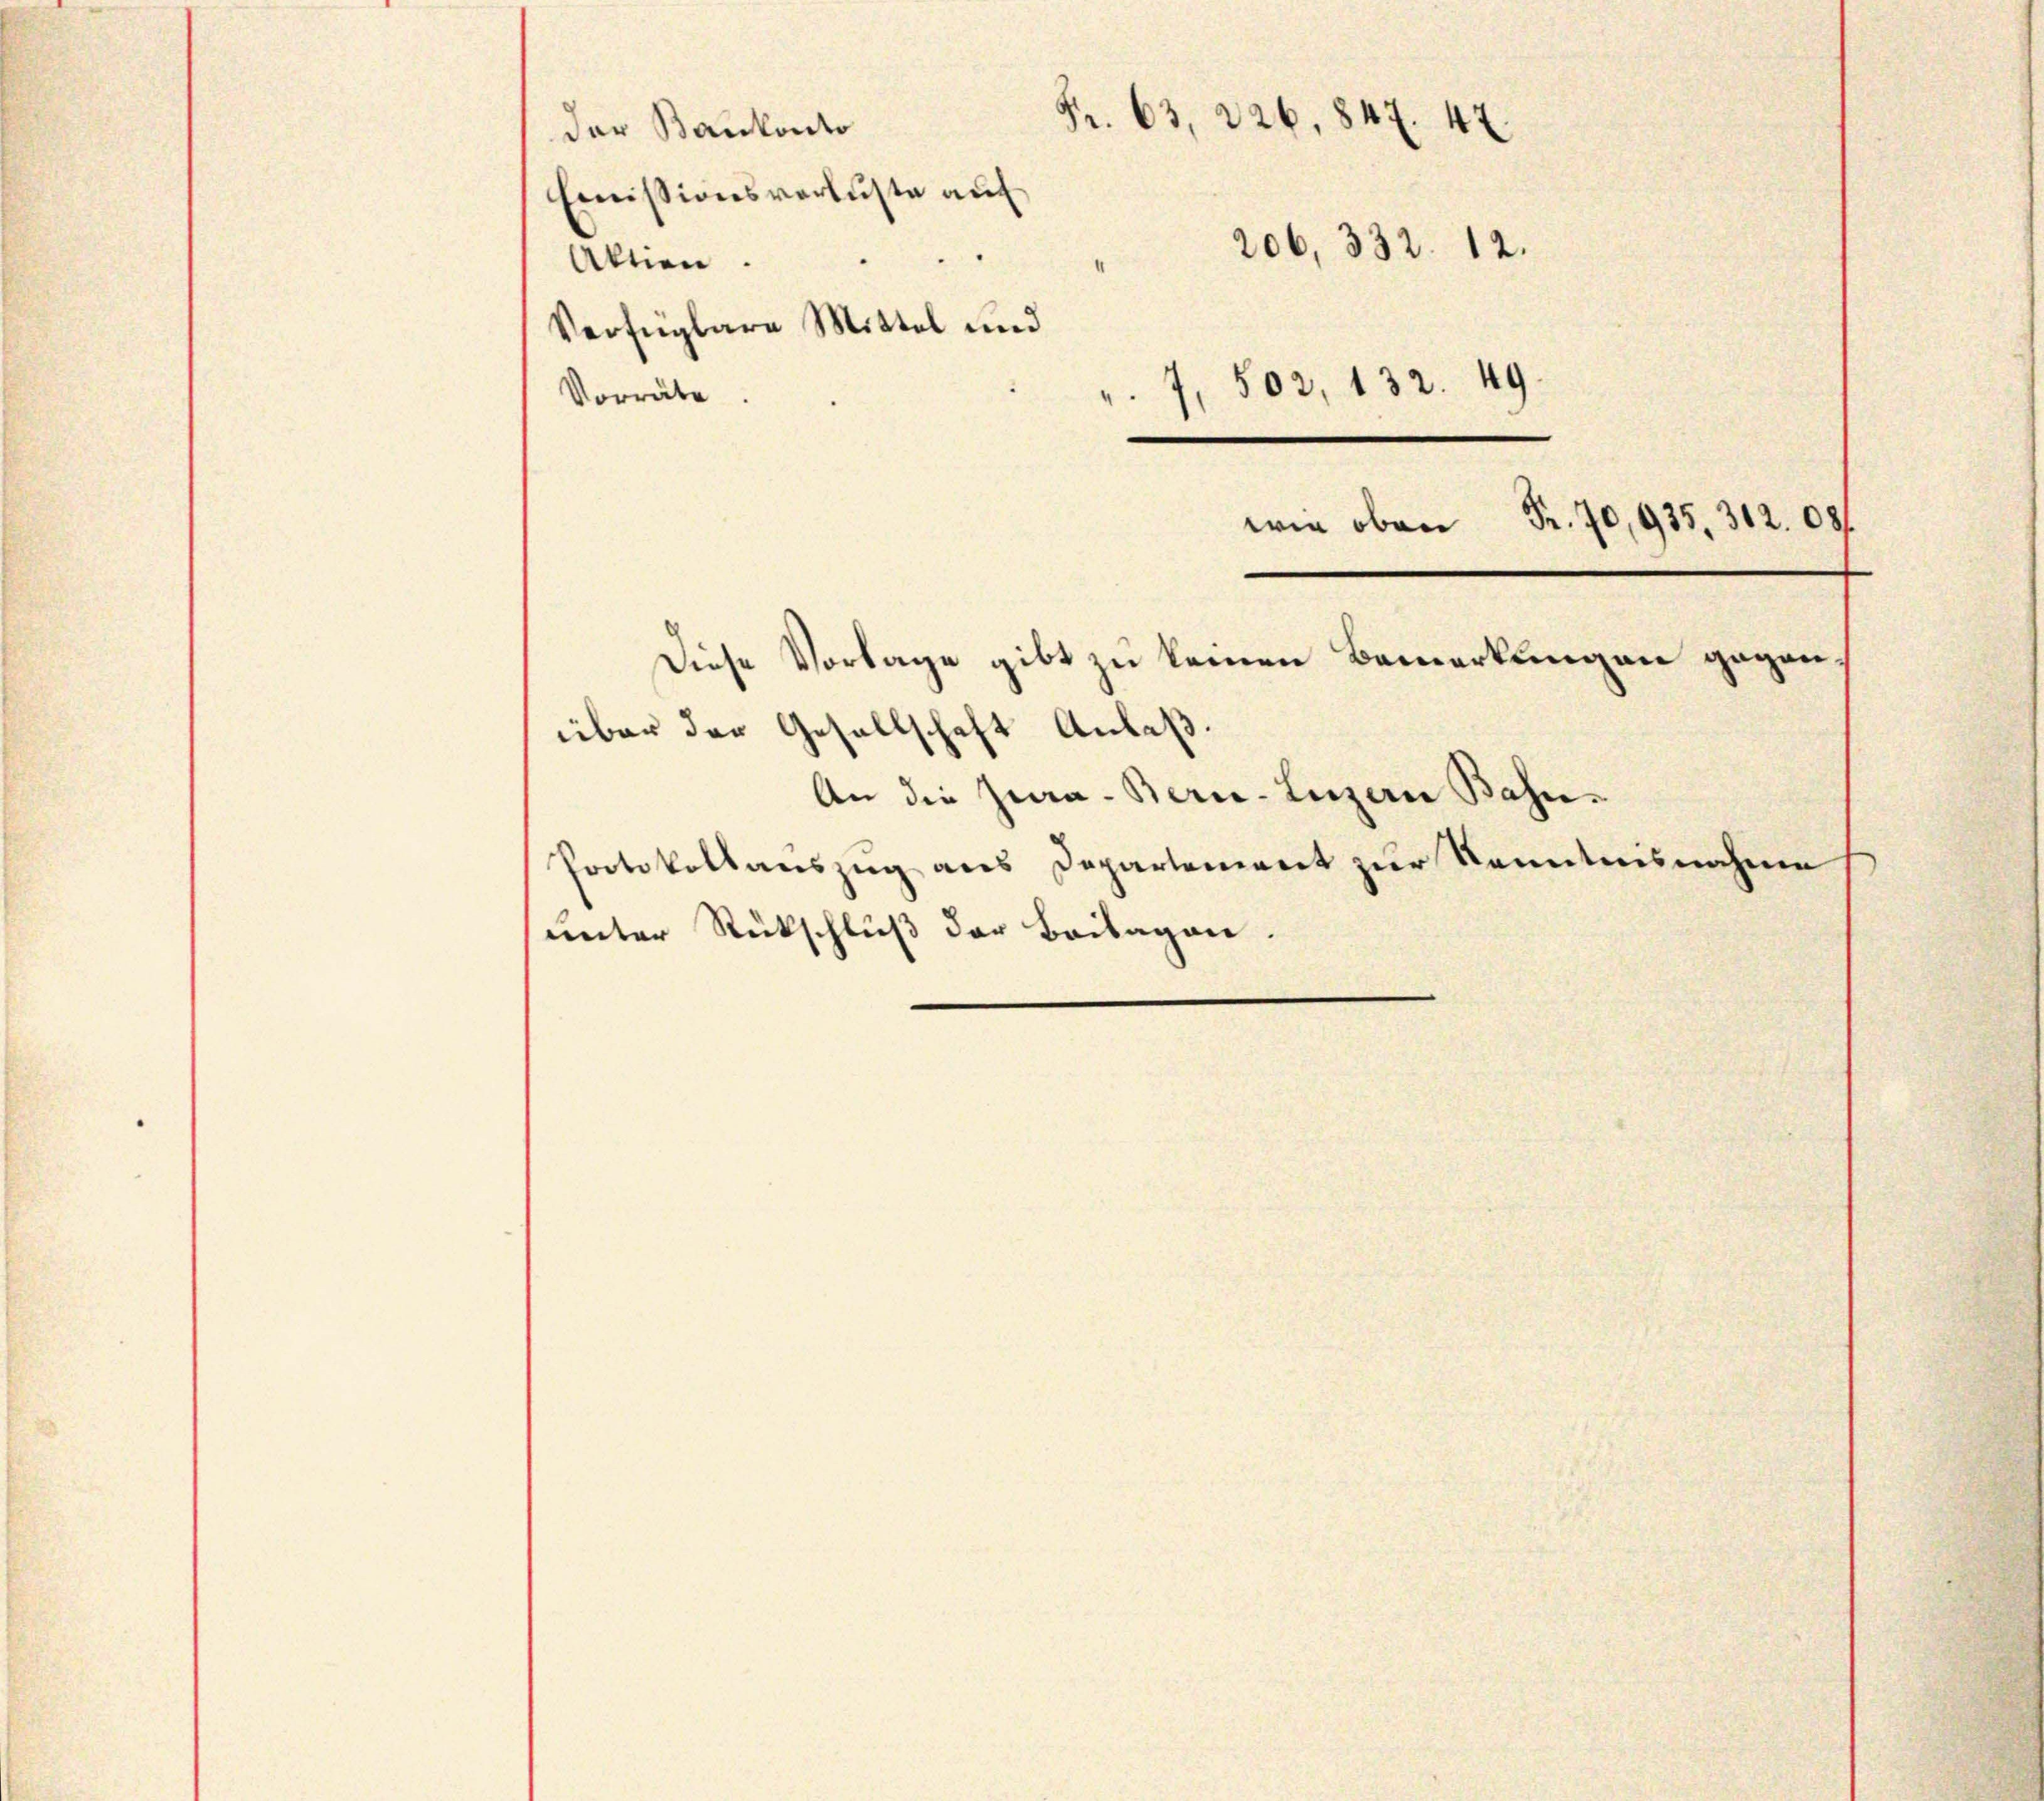
Fr. 63, 226, 847. 47.
der Bankonto
Comissionsverluste auf
206, 332. 12.
1
Allien.
Verfügbare Mittel und
, 502, 132. 49.
Vorräte
wie oben Fr. 70,935, 312. 08.
Diese Vorlage gibt zu keinen Bemerkungen gegenüber der Gesellschaft Anlaß.
An die Jura - Bern, Luzern Bahn¬
Protokollauszug aus Departement zur Kenntnisnahmen
unter Rückschluß der Beilagen.